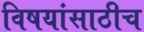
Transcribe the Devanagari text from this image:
विषयांसाठीच